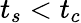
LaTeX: t_{s}<t_{c}